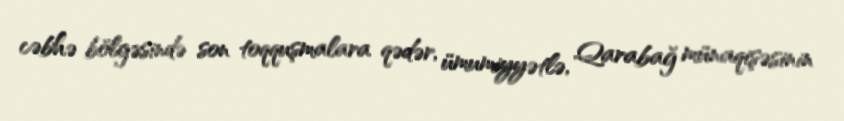
cəbhə bölgəsində son toqquşmalara qədər, ümumiyyətlə, Qarabağ münaqişəsinin